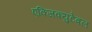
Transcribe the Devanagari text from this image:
एक्जिक्युटेबल